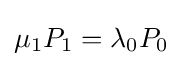
\mu _{1}P_{1}=\lambda _{0}P_{0}